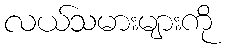
လယ်သမားများကို